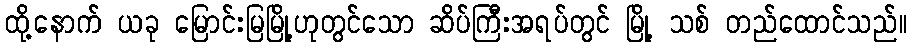
ထို့နောက် ယခု မြောင်းမြမြို့ဟုတွင်သော ဆိပ်ကြီးအရပ်တွင် မြို့ သစ် တည်ထောင်သည်။